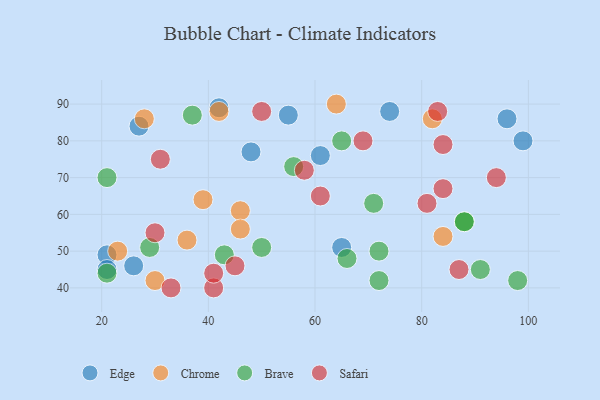
{"axis": {"x": "GDP", "y": "Life Expectancy"}, "legend": ["Brave", "Chrome", "Edge", "Safari"], "data": [{"x": "27", "y": 84, "type": "Edge"}, {"x": "55", "y": 87, "type": "Edge"}, {"x": "74", "y": 88, "type": "Edge"}, {"x": "21", "y": 49, "type": "Edge"}, {"x": "99", "y": 80, "type": "Edge"}, {"x": "48", "y": 77, "type": "Edge"}, {"x": "42", "y": 89, "type": "Edge"}, {"x": "61", "y": 76, "type": "Edge"}, {"x": "26", "y": 46, "type": "Edge"}, {"x": "21", "y": 45, "type": "Edge"}, {"x": "96", "y": 86, "type": "Edge"}, {"x": "65", "y": 51, "type": "Edge"}, {"x": "23", "y": 50, "type": "Chrome"}, {"x": "64", "y": 90, "type": "Chrome"}, {"x": "28", "y": 86, "type": "Chrome"}, {"x": "30", "y": 42, "type": "Chrome"}, {"x": "82", "y": 86, "type": "Chrome"}, {"x": "84", "y": 54, "type": "Chrome"}, {"x": "46", "y": 61, "type": "Chrome"}, {"x": "42", "y": 88, "type": "Chrome"}, {"x": "46", "y": 56, "type": "Chrome"}, {"x": "36", "y": 53, "type": "Chrome"}, {"x": "39", "y": 64, "type": "Chrome"}, {"x": "21", "y": 70, "type": "Brave"}, {"x": "72", "y": 42, "type": "Brave"}, {"x": "71", "y": 63, "type": "Brave"}, {"x": "72", "y": 50, "type": "Brave"}, {"x": "98", "y": 42, "type": "Brave"}, {"x": "88", "y": 58, "type": "Brave"}, {"x": "91", "y": 45, "type": "Brave"}, {"x": "50", "y": 51, "type": "Brave"}, {"x": "37", "y": 87, "type": "Brave"}, {"x": "56", "y": 73, "type": "Brave"}, {"x": "21", "y": 44, "type": "Brave"}, {"x": "65", "y": 80, "type": "Brave"}, {"x": "88", "y": 58, "type": "Brave"}, {"x": "66", "y": 48, "type": "Brave"}, {"x": "43", "y": 49, "type": "Brave"}, {"x": "29", "y": 51, "type": "Brave"}, {"x": "61", "y": 65, "type": "Safari"}, {"x": "87", "y": 45, "type": "Safari"}, {"x": "30", "y": 55, "type": "Safari"}, {"x": "31", "y": 75, "type": "Safari"}, {"x": "50", "y": 88, "type": "Safari"}, {"x": "33", "y": 40, "type": "Safari"}, {"x": "69", "y": 80, "type": "Safari"}, {"x": "84", "y": 67, "type": "Safari"}, {"x": "41", "y": 40, "type": "Safari"}, {"x": "84", "y": 79, "type": "Safari"}, {"x": "94", "y": 70, "type": "Safari"}, {"x": "45", "y": 46, "type": "Safari"}, {"x": "58", "y": 72, "type": "Safari"}, {"x": "41", "y": 44, "type": "Safari"}, {"x": "81", "y": 63, "type": "Safari"}, {"x": "83", "y": 88, "type": "Safari"}]}